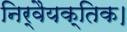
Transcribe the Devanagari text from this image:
निर्वैयक्तिक।